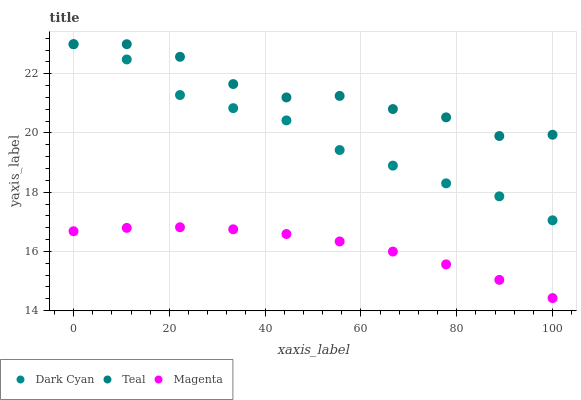
| xaxis_label | Dark Cyan | Teal | Magenta |
 | --- | --- | --- | --- |
 | 0 | 23 | 23 | 16.7 |
 | 11.1 | 22.5 | 23 | 16.8 |
 | 22.2 | 21.3 | 22.6 | 16.8 |
 | 33.3 | 20.8 | 21.7 | 16.7 |
 | 44.4 | 20.4 | 21.2 | 16.6 |
 | 55.6 | 19.4 | 21.3 | 16.3 |
 | 66.7 | 18.9 | 20.8 | 16 |
 | 77.8 | 18.3 | 20.5 | 15.6 |
 | 88.9 | 17.9 | 19.9 | 15 |
 | 100 | 17 | 19.9 | 14.4 |